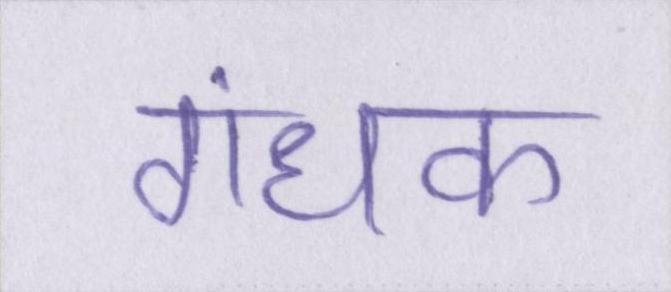
गंधक